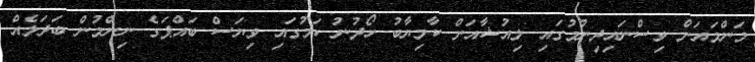
މަންމައަށް ވިސްނައިދިނުމުގައި ލިއުޝާއަށް ކާމިޔާބު ހޯދުނު ކަމުގައި ވިޔަސް ބައްޕަގެ ނިންމުން ބަދަލެއް